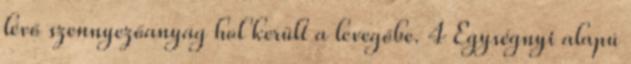
lévő szennyezőanyag hol került a levegőbe. 4 Egységnyi alapú